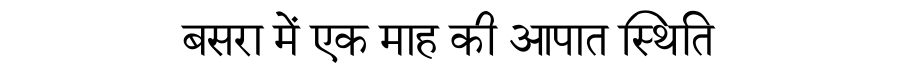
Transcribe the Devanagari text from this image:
बसरा में एक माह की आपात स्थिति